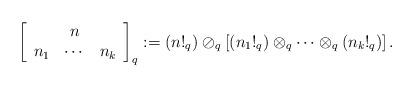
LaTeX: \begin{align*}\left[\begin{array}[c]{ccc}& n & \\n_{1} & \cdots & n_{k}\end{array}\right] _{q}:=\left( n!_{q}\right) \oslash_{q}\left[ \left( n_{1}!_{q}\right) \otimes_{q}\cdots\otimes_{q}\left( n_{k}!_{q}\right) \right].\end{align*}